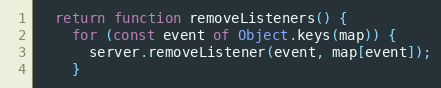
Language: JavaScript
  return function removeListeners() {
    for (const event of Object.keys(map)) {
      server.removeListener(event, map[event]);
    }